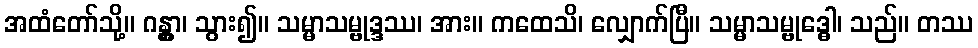
အထံတော်သို့။ ဂန္တွာ၊ သွား၍။ သမ္မာသမ္ဗုဒ္ဒဿ၊ အား။ ကထေသိ၊ လျှောက်ပြီ။ သမ္မာသမ္ဗုဒ္ဓေါ၊ သည်။ တဿ